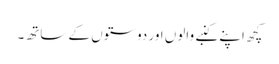
کچھ اپنے کنبے والوں اور دوستوں کے ساتھ۔